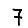
Digit: 7